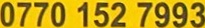
0770 152 7993